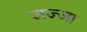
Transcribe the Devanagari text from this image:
जज्जा